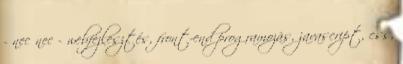
- nec nec - webfejlesztés, front-end programozás, javascript, css,